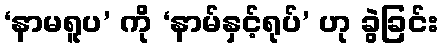
‘နာမရူပ’ ကို ‘နာမ်နှင့်ရုပ်’ ဟု ခွဲခြင်း